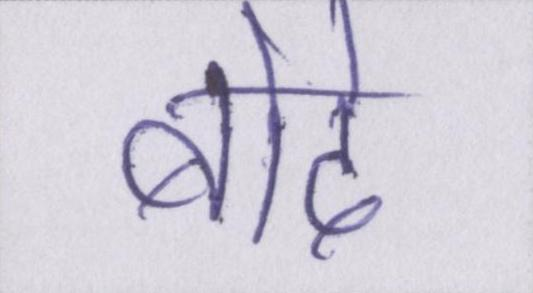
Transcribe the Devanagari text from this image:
बोदे